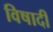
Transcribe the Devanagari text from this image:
विषादी